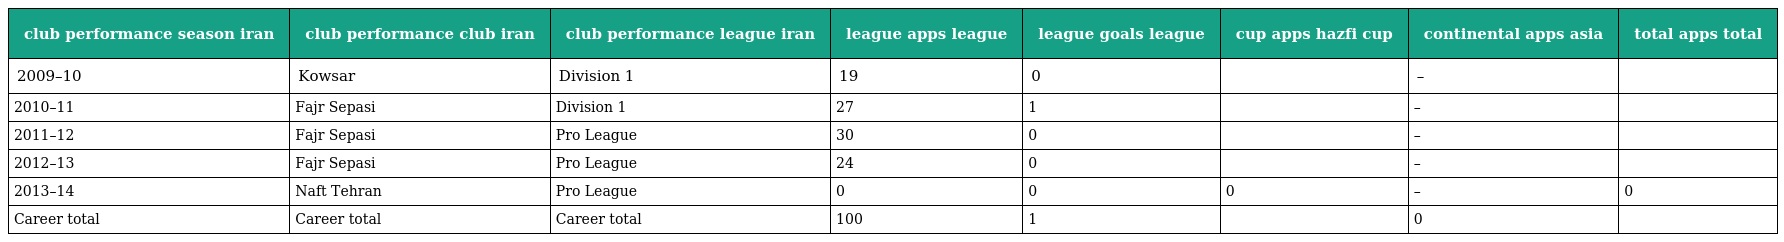
| club performance season iran | club performance club iran | club performance league iran | league apps league | league goals league | cup apps hazfi cup | continental apps asia | total apps total |
 | --- | --- | --- | --- | --- | --- | --- | --- |
 | 2009–10 | Kowsar | Division 1 | 19 | 0 |  | – |  |
 | 2010–11 | Fajr Sepasi | Division 1 | 27 | 1 |  | – |  |
 | 2011–12 | Fajr Sepasi | Pro League | 30 | 0 |  | – |  |
 | 2012–13 | Fajr Sepasi | Pro League | 24 | 0 |  | – |  |
 | 2013–14 | Naft Tehran | Pro League | 0 | 0 | 0 | – | 0 |
 | Career total | Career total | Career total | 100 | 1 |  | 0 |  |